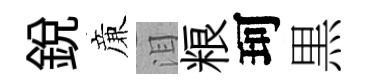
銳亷泪粮珂黒